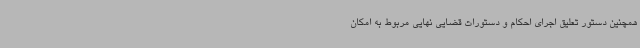
همچنین دستور تعلیق اجرای احکام و دستورات قضایی نهایی مربوط به امکان